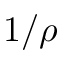
1 / \rho